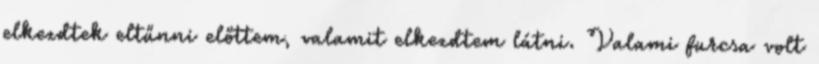
elkezdtek eltűnni előttem, valamit elkezdtem látni. Valami furcsa volt